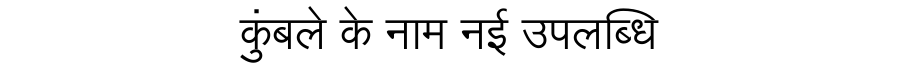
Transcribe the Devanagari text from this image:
कुंबले के नाम नई उपलब्धि